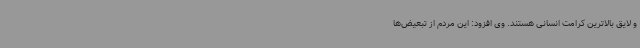
و لایق بالاترین کرامت انسانی هستند. وی افزود: این مردم از تبعیض‌ها